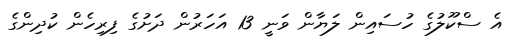
އެ ސްކޫލުގެ ހުސައިން ލަޔާން ވަނީ 13 އަހަރުން ދަށުގެ ފިރިހެން ކުދިންގެ